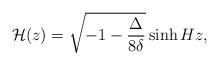
LaTeX: \begin{align*}{\cal H}(z)= \sqrt{-1-\frac{\Delta}{8 \delta}} \sinh{H z},\end{align*}